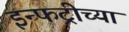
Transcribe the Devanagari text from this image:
इन्फट्रीच्या